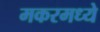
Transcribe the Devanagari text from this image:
मकरमध्ये